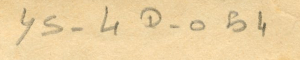
YS - 4D- 054